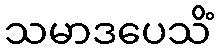
သမာဒပေသိံ